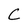
Character: C